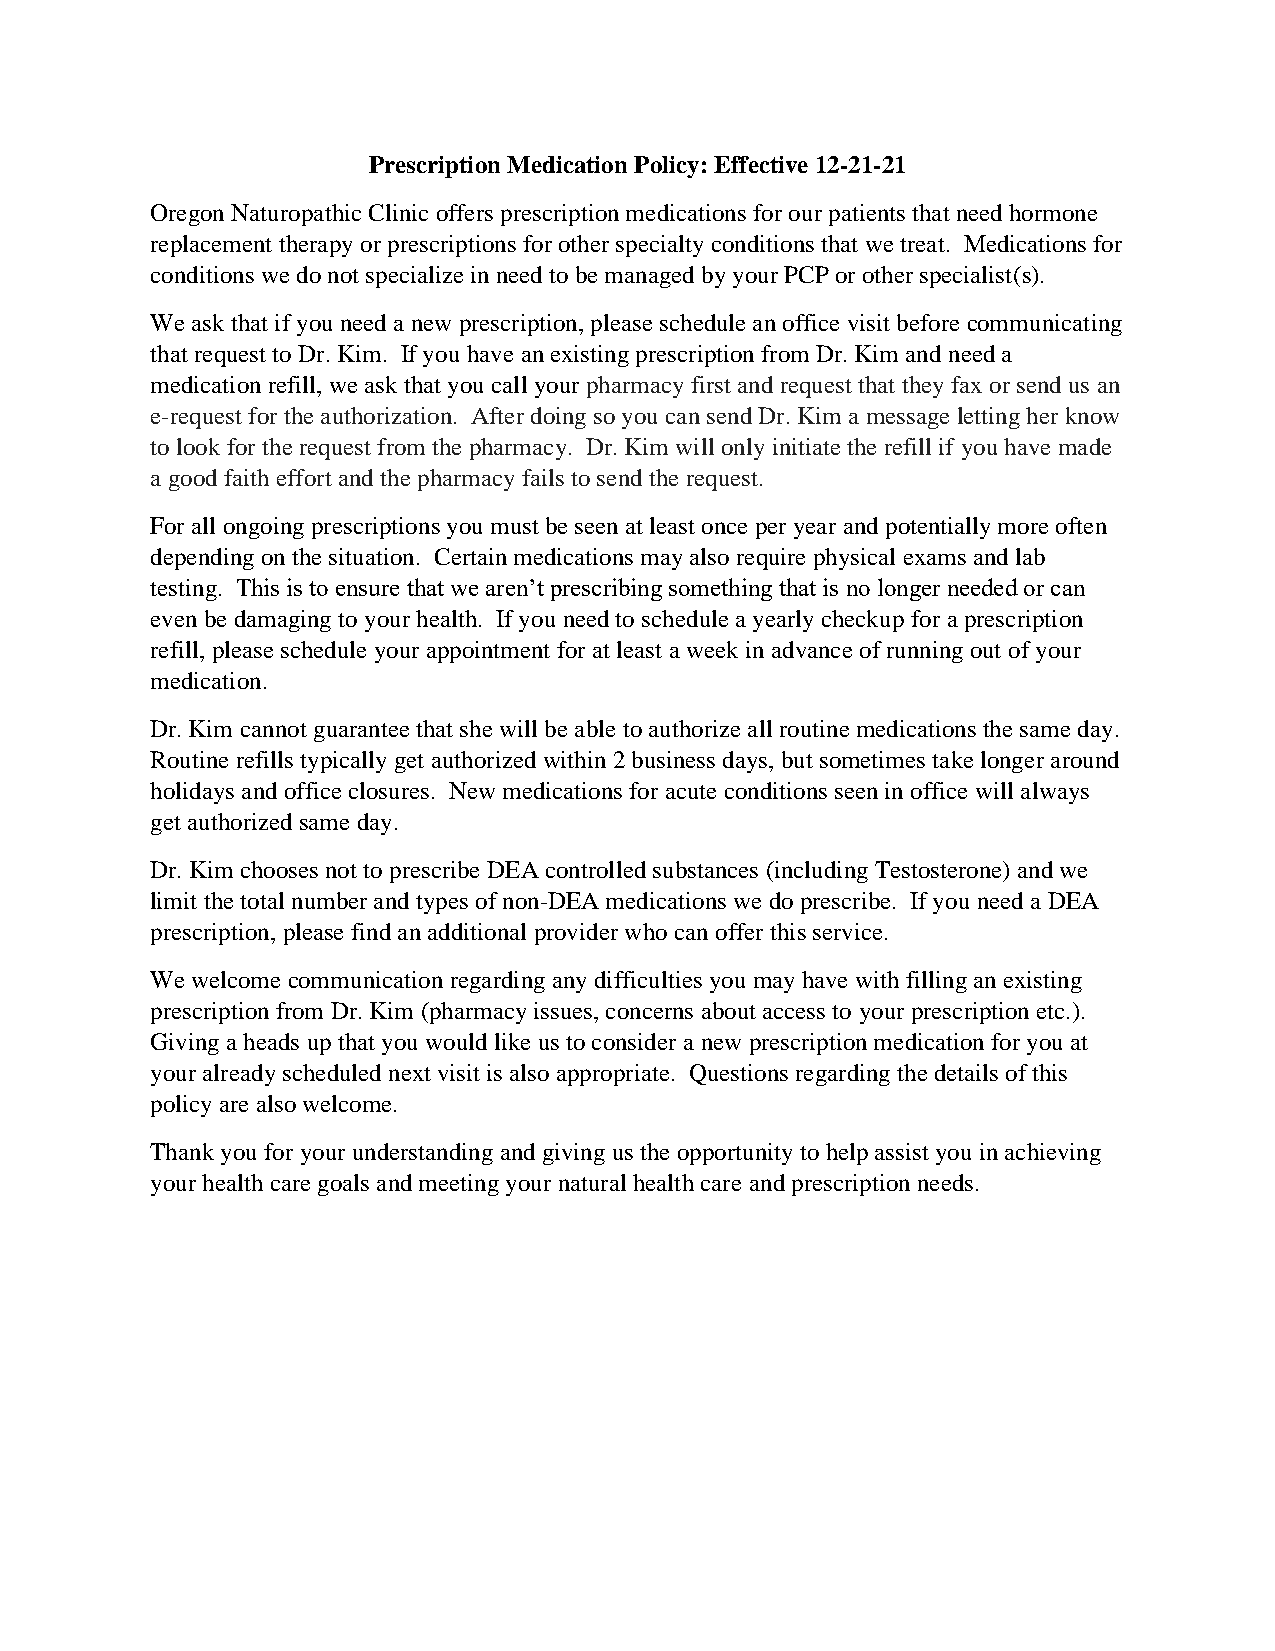
Prescription Medication Policy: Effective 12-21-21
 Oregon Naturopathic Clinic offers prescription medications for our patients that need hormone
 replacement therapy or prescriptions for other specialty conditions that we treat. Medications for
 conditions we do not specialize in need to be managed by your PCP or other specialist(s).
 We ask that if you need a new prescription, please schedule an office visit before communicating
 that request to Dr. Kim. If you have an existing prescription from Dr. Kim and need a
 medication refill, we ask that you call your pharmacy first and request that they fax or send us an
 e-request for the authorization. After doing so you can send Dr. Kim a message letting her know
 to look for the request from the pharmacy. Dr. Kim will only initiate the refill if you have made
 a good faith effort and the pharmacy fails to send the request.
 For all ongoing prescriptions you must be seen at least once per year and potentially more often
 depending on the situation. Certain medications may also require physical exams and lab
 testing. This is to ensure that we aren’t prescribing something that is no longer needed or can
 even be damaging to your health. If you need to schedule a yearly checkup for a prescription
 refill, please schedule your appointment for at least a week in advance of running out of your
 medication.
 Dr. Kim cannot guarantee that she will be able to authorize all routine medications the same day.
 Routine refills typically get authorized within 2 business days, but sometimes take longer around
 holidays and office closures. New medications for acute conditions seen in office will always
 get authorized same day.
 Dr. Kim chooses not to prescribe DEA controlled substances (including Testosterone) and we
 limit the total number and types of non-DEA medications we do prescribe. If you need a DEA
 prescription, please find an additional provider who can offer this service.
 We welcome communication regarding any difficulties you may have with filling an existing
 prescription from Dr. Kim (pharmacy issues, concerns about access to your prescription etc.).
 Giving a heads up that you would like us to consider a new prescription medication for you at
 your already scheduled next visit is also appropriate. Questions regarding the details of this
 policy are also welcome.
 Thank you for your understanding and giving us the opportunity to help assist you in achieving
 your health care goals and meeting your natural health care and prescription needs.